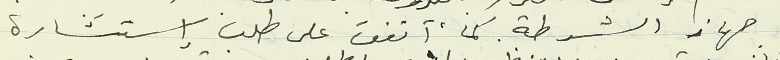
جهاز الشرطة. كما أتفق على طلب إستشارة